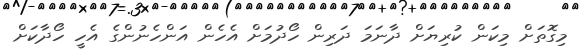
މިގޮތަށް މިކަން ކުރިޔަށް ދާނަމަ ދަރިން ހޯދުމަށް އެހެން އަންހެނުންގެ އެހީ ހޯދާކަށް